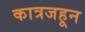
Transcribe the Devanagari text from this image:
कात्रजहून